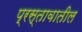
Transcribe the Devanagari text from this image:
प्रस्तावातील